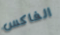
الفاكس